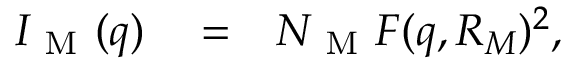
\begin{array} { r l r } { I _ { \mathrm { ~ M ~ } } ( q ) } & { { } = } & { N _ { \mathrm { ~ M ~ } } F ( q , R _ { M } ) ^ { 2 } , } \end{array}